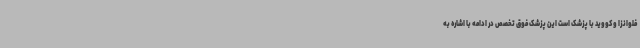
فلوانزا و کووید با پزشک است این پزشک فوق تخصص در ادامه با اشاره به